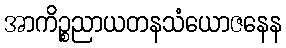
အာကိဉ္စညာယတနသံယောဇနေန